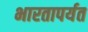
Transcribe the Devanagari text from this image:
भारतापर्यत